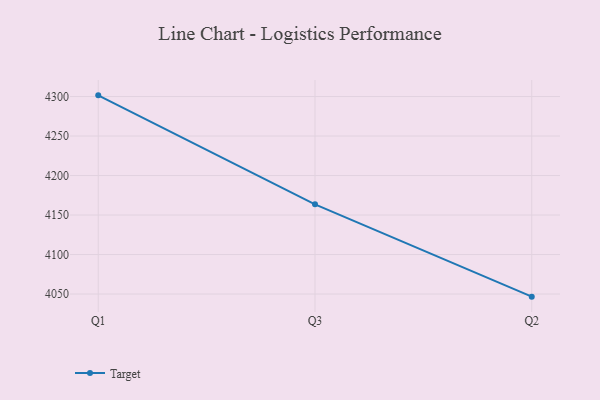
{"axis": {"x": "Quarter", "y": "Backlog"}, "legend": ["Target"], "data": [{"x": "Q1", "y": 4301.5, "type": "Target"}, {"x": "Q3", "y": 4163.6, "type": "Target"}, {"x": "Q2", "y": 4046.7, "type": "Target"}]}